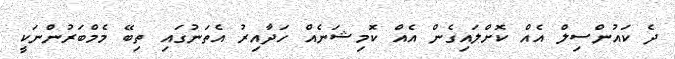
ދެ ކައުންސިލް އެއް ކޮށްލައިގެން އެއް ކޮމިޝަނެއް ހަދާއިރު އެތަނުގައި ތިބޭ މެމްބަރުންނަކީ